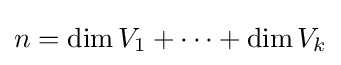
n=\dim V_{1}+\cdots +\dim V_{k}